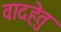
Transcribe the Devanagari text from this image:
वादहेतु